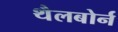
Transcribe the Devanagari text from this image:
थैलबोर्न